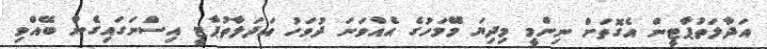
އަދާލަތުޕާޓީން އެގޮތަށް ނިންމީ މިދިޔަ މޭމަހުގެ އެއްވަނަ ދުވަހު އަދަލާތުޕާޓީ އިސްނަގައިގެން ބޭއްވި